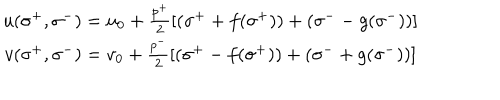
\begin{array} { c } { { u ( \sigma ^ { + } , \sigma ^ { - } ) = u _ { 0 } + \frac { p ^ { + } } 2 \left[ ( \sigma ^ { + } + f ( \sigma ^ { + } ) ) + ( \sigma ^ { - } - g ( \sigma ^ { - } ) ) \right] } } \\ { { v ( \sigma ^ { + } , \sigma ^ { - } ) = v _ { 0 } + \frac { p ^ { - } } 2 \left[ ( \sigma ^ { + } - f ( \sigma ^ { + } ) ) + ( \sigma ^ { - } + g ( \sigma ^ { - } ) ) \right] } } \\ \end{array}